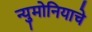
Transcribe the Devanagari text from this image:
न्युमोनियाचे